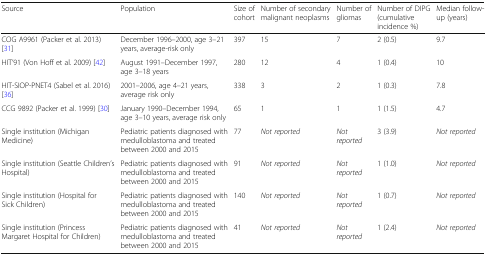
<table><thead><tr><td><b>Source</b></td><td><b>Population</b></td><td><b>Size of cohort</b></td><td><b>Number of secondary malignant neoplasms</b></td><td><b>Number of gliomas</b></td><td><b>Number of DIPG (cumulative incidence %)</b></td><td><b>Median follow-up (years)</b></td></tr></thead><tbody><tr><td>COG A9961 (Packer et al. 2013) [31]</td><td>December 1996–2000, age 3–21 years, average-risk only</td><td>397</td><td>15</td><td>7</td><td>2 (0.5)</td><td>9.7</td></tr><tr><td>HIT’91 (Von Hoff et al. 2009) [42]</td><td>August 1991–December 1997, age 3–18 years</td><td>280</td><td>12</td><td>4</td><td>1 (0.4)</td><td>10</td></tr><tr><td>HIT-SIOP-PNET4 (Sabel et al. 2016) [36]</td><td>2001–2006, age 4–21 years, average risk only</td><td>338</td><td>3</td><td>2</td><td>1 (0.3)</td><td>7.8</td></tr><tr><td>CCG 9892 (Packer et al. 1999) [30]</td><td>January 1990–December 1994, age 3–10 years, average risk only</td><td>65</td><td>1</td><td>1</td><td>1 (1.5)</td><td>4.7</td></tr><tr><td>Single institution (Michigan Medicine)</td><td>Pediatric patients diagnosed with medulloblastoma and treated between 2000 and 2015</td><td>77</td><td><i>Not reported</i></td><td><i>Not reported</i></td><td>3 (3.9)</td><td><i>Not reported</i></td></tr><tr><td>Single institution (Seattle Children’s Hospital)</td><td>Pediatric patients diagnosed with medulloblastoma and treated between 2000 and 2015</td><td>91</td><td><i>Not reported</i></td><td><i>Not reported</i></td><td>1 (1.0)</td><td><i>Not reported</i></td></tr><tr><td>Single institution (Hospital for Sick Children)</td><td>Pediatric patients diagnosed with medulloblastoma and treated between 2000 and 2015</td><td>140</td><td><i>Not reported</i></td><td><i>Not reported</i></td><td>1 (0.7)</td><td><i>Not reported</i></td></tr><tr><td>Single institution (Princess Margaret Hospital for Children)</td><td>Pediatric patients diagnosed with medulloblastoma and treated between 2000 and 2015</td><td>41</td><td><i>Not reported</i></td><td><i>Not reported</i></td><td>1 (2.4)</td><td><i>Not reported</i></td></tr></tbody></table>